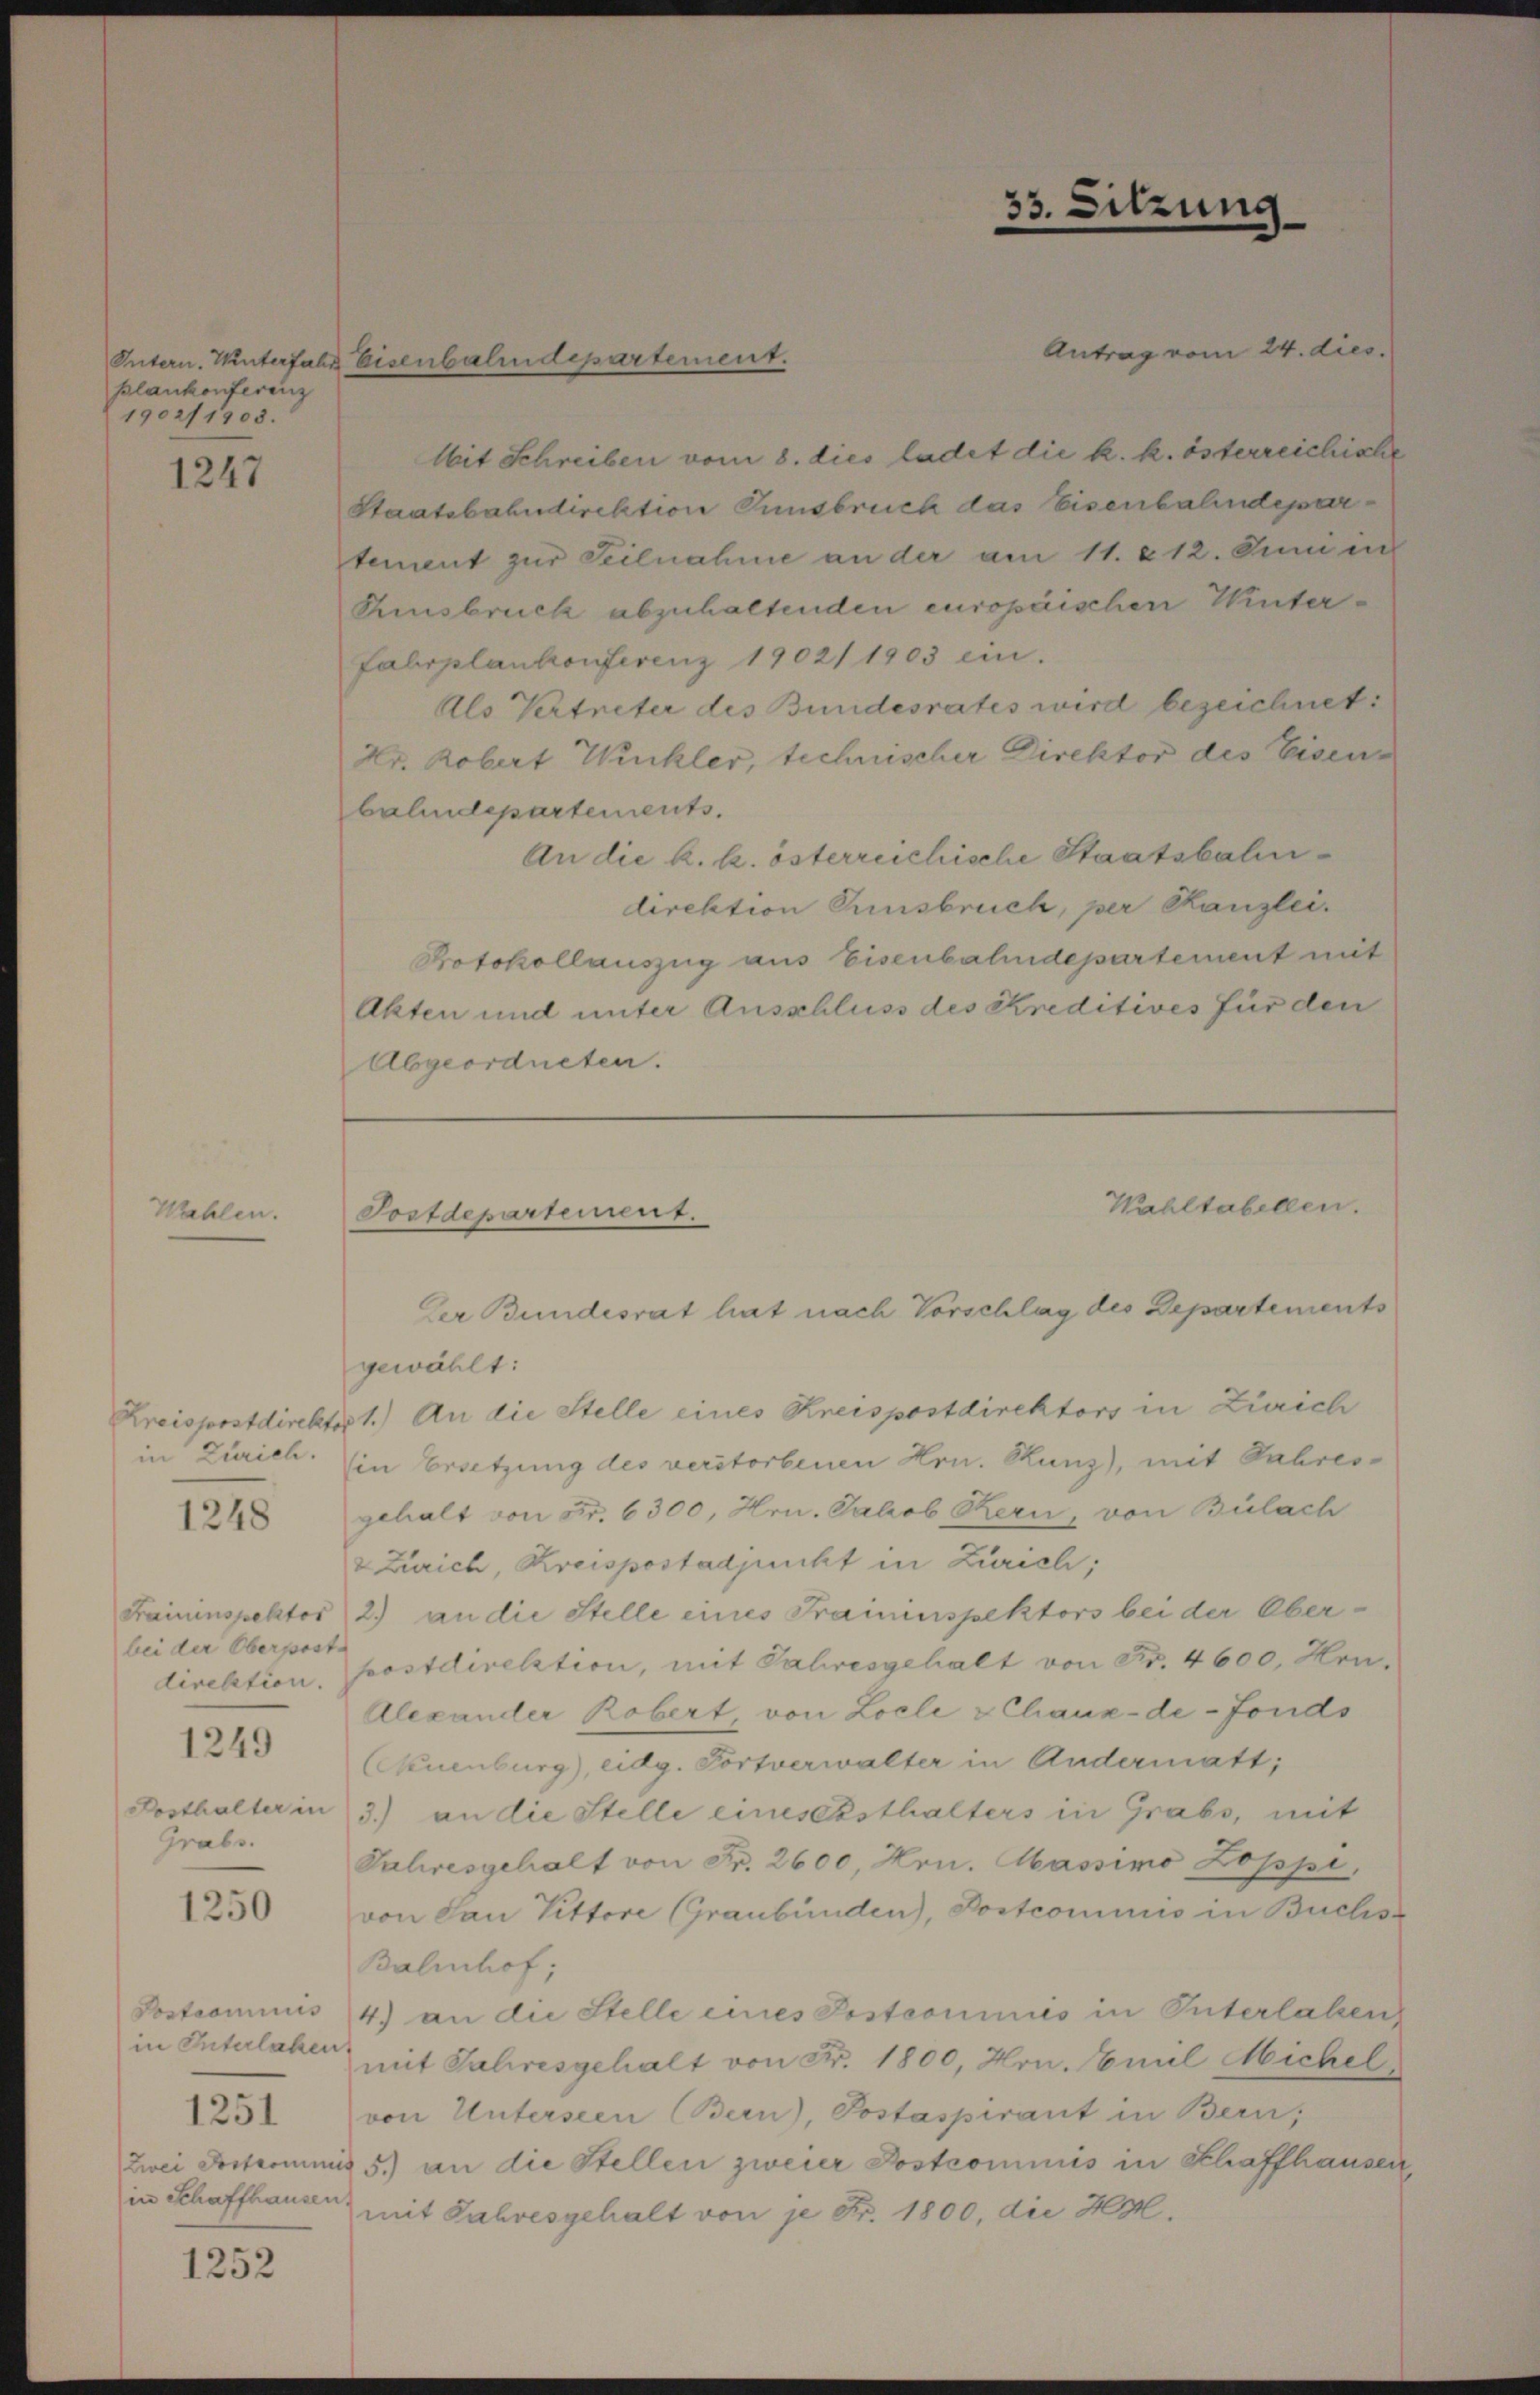
plankonferenz
1902/1903.

1247

Wehlen

in Zürich.

1248

Fraininspektor
bei der Oberpost
direktion.
1249
Posthalter in
Grabs

1250

Sostrominis
in Interlaken
in Schaffhausen.

1251

1252

Antrag vom 24. dies.
Mit Schreiben vom 8. dies ladet die k. k. österreichische
Staatsbahndirektion Innsbruch das Eisenbahndepartement zur Seilnahme an der am 11. 612. Juni in
Kinsbruck abzuhaltenden europäischen Winter¬
Fahrplankonferenz 1902/1903 ein.
Als Vertreter des Bundesrates wird bezeichnet:
Hr. Robert Winkler, technischer Direktor des Eisen
bahndepartements.
An die k. k. österreichische Staatsbahndirektion Ennsbruch, per Kanzlei.
Protokollauszug aus Eisenbahndepartement mit
Akten und unter Ausschluss des Kreditives für den
Abgeordneten.

Intern. Unterfahr Eisenbahndepartement.

Tostdepartement.

Der Bundesrat hat nach Vorschlag des Departements

33. Sitzung

Wahltabellen.

gewählt:
Kreispostdirektor 1.) An die Stelle eines Kreispostdirektors in Zürich
in Ersetzung des verstorbenen Hrn. Runz), mit Jahresgehalt von Fr. 6300, Hrn. Jakob Kern, von Bülach
& Zürich, Kreispostadjunkt in Zürich:
2) an die Stelle eines Fraininspektors bei der Oberpostdirektion, mit Jahresgehalt von Fr. 4600. Hrn.
Alexander Robert, von Locle & Chaux-de-Fonds
(Kuenburg), eidg. Portverwalter in Andermatt,
3.) an die Stelle einesensthalters in Grabs, mit
Jahresgehalt von Fr. 2600, Hrn. Massimo Zoppi,
von San Vittore (Graubünden), Postcommis in Buchs
Bahnhof,
4.) an die Stelle eines Postcommis in Interlaken
mit Jahresgehalt von Fr. 1800, Hrn. Emil Michel
von Unterseen Bern), Postaspirant in Bern,
Zwei Postcommis 5. an die Stellen zweier Postcommis in Schaffhausen
mit Jahresgehalt von je Fr. 1800, die H